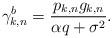
LaTeX: \begin{align*} \gamma _{k,n}^b = \frac{{{p_{k,n}}{g_{k,n}}}}{{\alpha q + {\sigma ^2}}}.\end{align*}